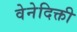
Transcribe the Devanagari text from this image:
वेनेदिक्ती